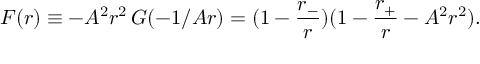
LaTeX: F ( r ) \equiv - A ^ { 2 } r ^ { 2 } \, G ( - 1 / A r ) = ( 1 - \frac { r _ { - } } { r } ) ( 1 - \frac { r _ { + } } { r } - A ^ { 2 } r ^ { 2 } ) .